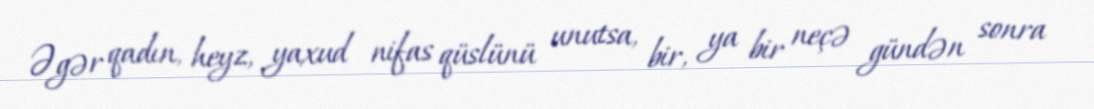
Əgər qadın, heyz, yaxud nifas qüslünü unutsa, bir, ya bir neçə gündən sonra